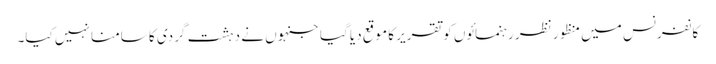
کانفرنس میں منظور نظر رہنمائوں کو تقریر کا موقع دیا گیا جنہوں نے دہشت گردی کا سامنا نہیں کیا۔